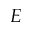
E